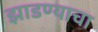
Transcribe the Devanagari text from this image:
झाडण्याचा